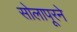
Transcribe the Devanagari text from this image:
सोलापूरने